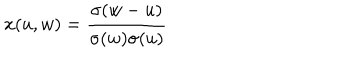
x ( u , w ) = { \frac { \sigma ( w - u ) } { \sigma ( w ) \sigma ( u ) } }